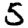
Digit: 5